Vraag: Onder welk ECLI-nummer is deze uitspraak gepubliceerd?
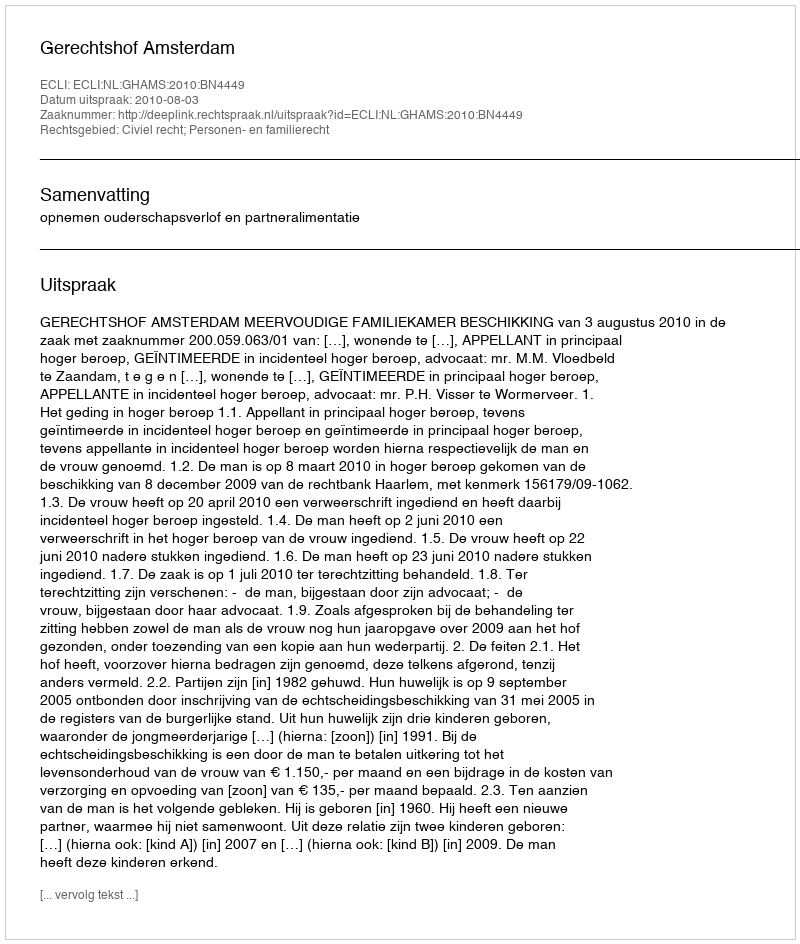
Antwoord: ECLI:NL:GHAMS:2010:BN4449